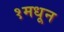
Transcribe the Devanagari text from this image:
१मधून